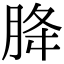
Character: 胮